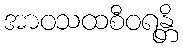
အာဝသထစီဝရန္တိ